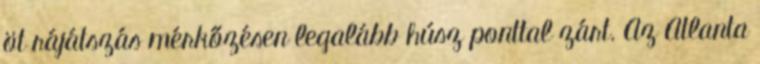
öt rájátszás mérkőzésen legalább húsz ponttal zárt. Az Atlanta